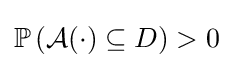
\mathbb {P} \left({\mathcal {A}}(\cdot )\subseteq D\right)>0